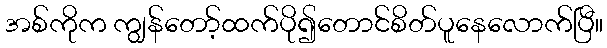
အစ်ကိုက ကျွန်တော့်ထက်ပို၍တောင်စိတ်ပူနေလောက်ပြီ။